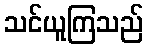
သင်ယူကြသည်